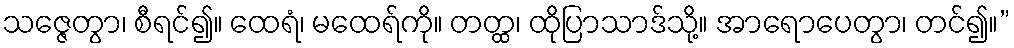
သဇ္ဇေတွာ၊ စီရင်၍။ ထေရံ၊ မထေရ်ကို။ တတ္ထ၊ ထိုပြာသာဒ်သို့။ အာရောပေတွာ၊ တင်၍။”